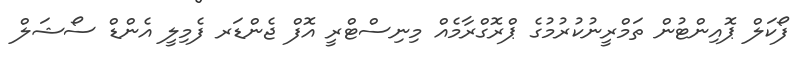
ފޯކަލް ޕޮއިންޓުން ތަމްރީނުކުރުމުގެ ޕްރޮގްރާމެއް މިނިސްޓްރީ އޮފް ޖެންޑަރ ފެމިލީ އެންޑް ސޯޝަލް